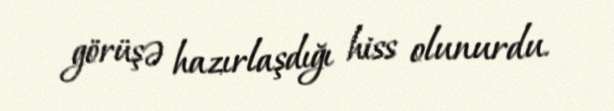
görüşə hazırlaşdığı hiss olunurdu.